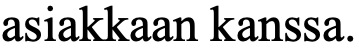
asiakkaan kanssa.